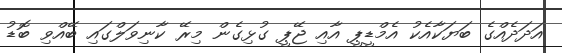
އަދަދެއްގެ ބަޔަކާއެކު އެމްޑީޕީ އާއި ޖޭޕީ ގުޅިގެން މިރޭ ކާނިވަލްގައި ބޭއްވި ބޮޑު